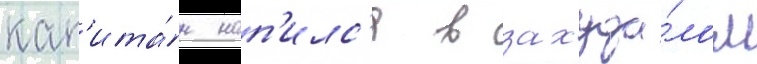
кап'ита́н нап'илс'я в захуда́лом